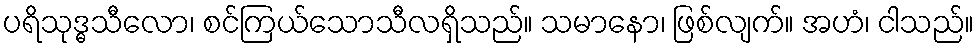
ပရိသုဒ္ဓသီလော၊ စင်ကြယ်သောသီလရှိသည်။ သမာနော၊ ဖြစ်လျက်။ အဟံ၊ ငါသည်။